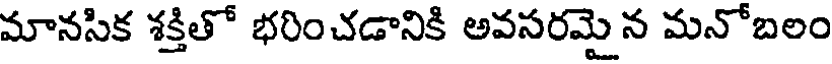
మానసిక శక్తితో భరించడానికి అవసరమైన మనోబలం